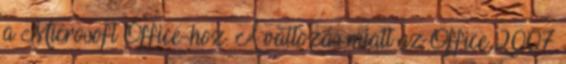
a Microsoft Office-hoz. A változás miatt az Office 2007